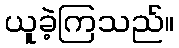
ယူခဲ့ကြသည်။